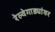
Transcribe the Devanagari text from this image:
रेल्वेगाड्यांवर